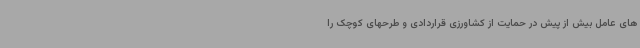
های عامل بیش از پیش در حمایت از کشاورزی قراردادی و طرحهای کوچک را